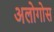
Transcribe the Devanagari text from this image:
अलोगोस